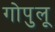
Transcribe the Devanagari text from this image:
गोपुलू